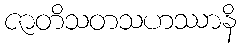
ဇာတိသတသဟဿာနိ